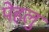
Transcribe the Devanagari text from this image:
पेहलु